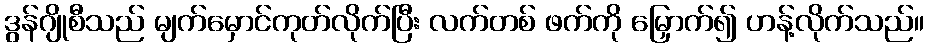
ဒွန်ဂျိုစီသည် မျက်မှောင်ကုတ်လိုက်ပြီး လက်တစ် ဖက်ကို မြှောက်၍ ဟန့်လိုက်သည်။